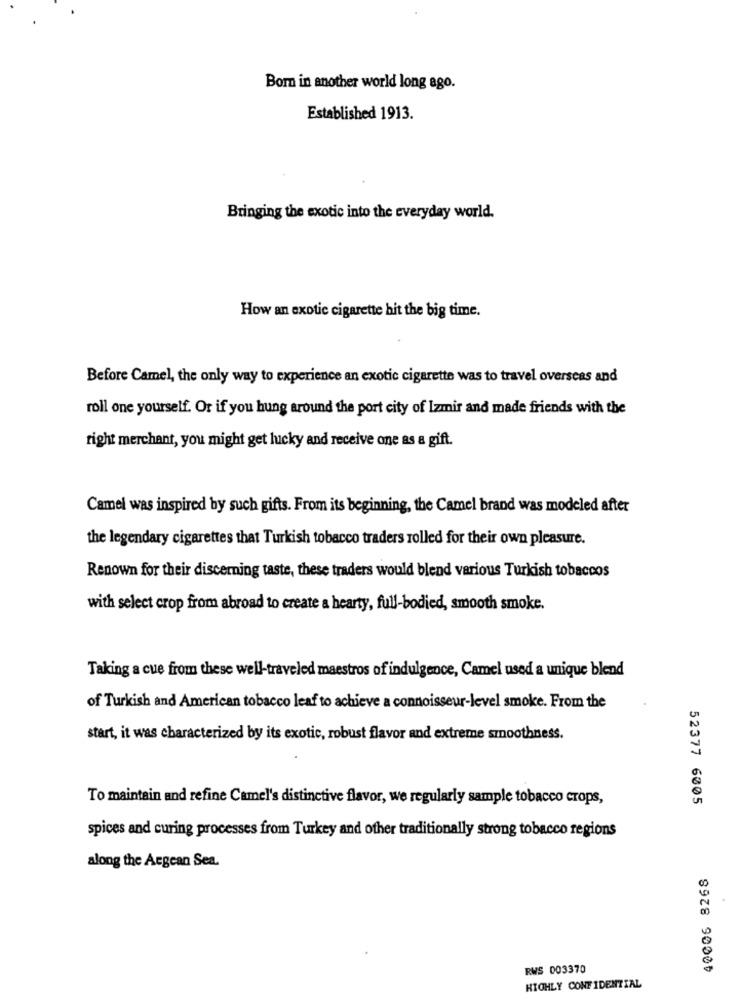
Born in another world long ago.
Established 1913.
Bringing the exotic into the everyday world.
How an exotic cigarette hit the big time.
Before Camel, the only way to experience an exotic cigarette was to travel overseas and
roll one yourself. Or if you hung around the port city of Izmir and made friends with the
right merchant, you might get lucky and receive one as a gift.
Camel was inspired by such gifts. From its beginning, the Camel brand was modeled after
the legendary cigarettes that Turkish tobacco traders rolled for their own pleasure.
Renown for their discerning taste, these traders would blend various Turkish tobaccos
with select crop from abroad to create a hearty, full-bodied, smooth smoke.
Taking a cue from these well-traveled maestros of indulgence, Camel used a unique blend
of Turkish and American tobacco leaf to achieve a connoisseur-level smoke. From the
start, it was characterized by its exotic, robust flavor and extreme smoothness.
To maintain and refine Camel's distinctive flavor, we regularly sample tobacco crops,
52377 6005
spices and curing processes from Turkey and other traditionally strong tobacco regions
along the Aegean Sea.
40006 8268
RWS 003370
HIGHLY CONFIDENTIAL